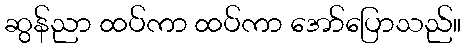
ဆွန်ညာ ထပ်ကာ ထပ်ကာ အော်ပြောသည်။